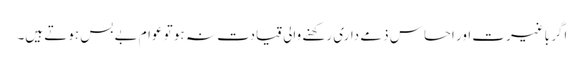
اگر باغیرت اور احساس ذمے داری رکھنے والی قیادت نہ ہو تو عوام بے بس ہوتے ہیں۔